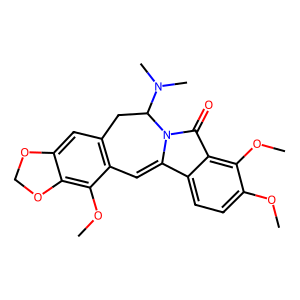
SMILES: COc1ccc2c(c1OC)C(=O)N1C2=Cc2c(cc3c(c2OC)OCO3)CC1N(C)C
Inhibits HIV replication: No